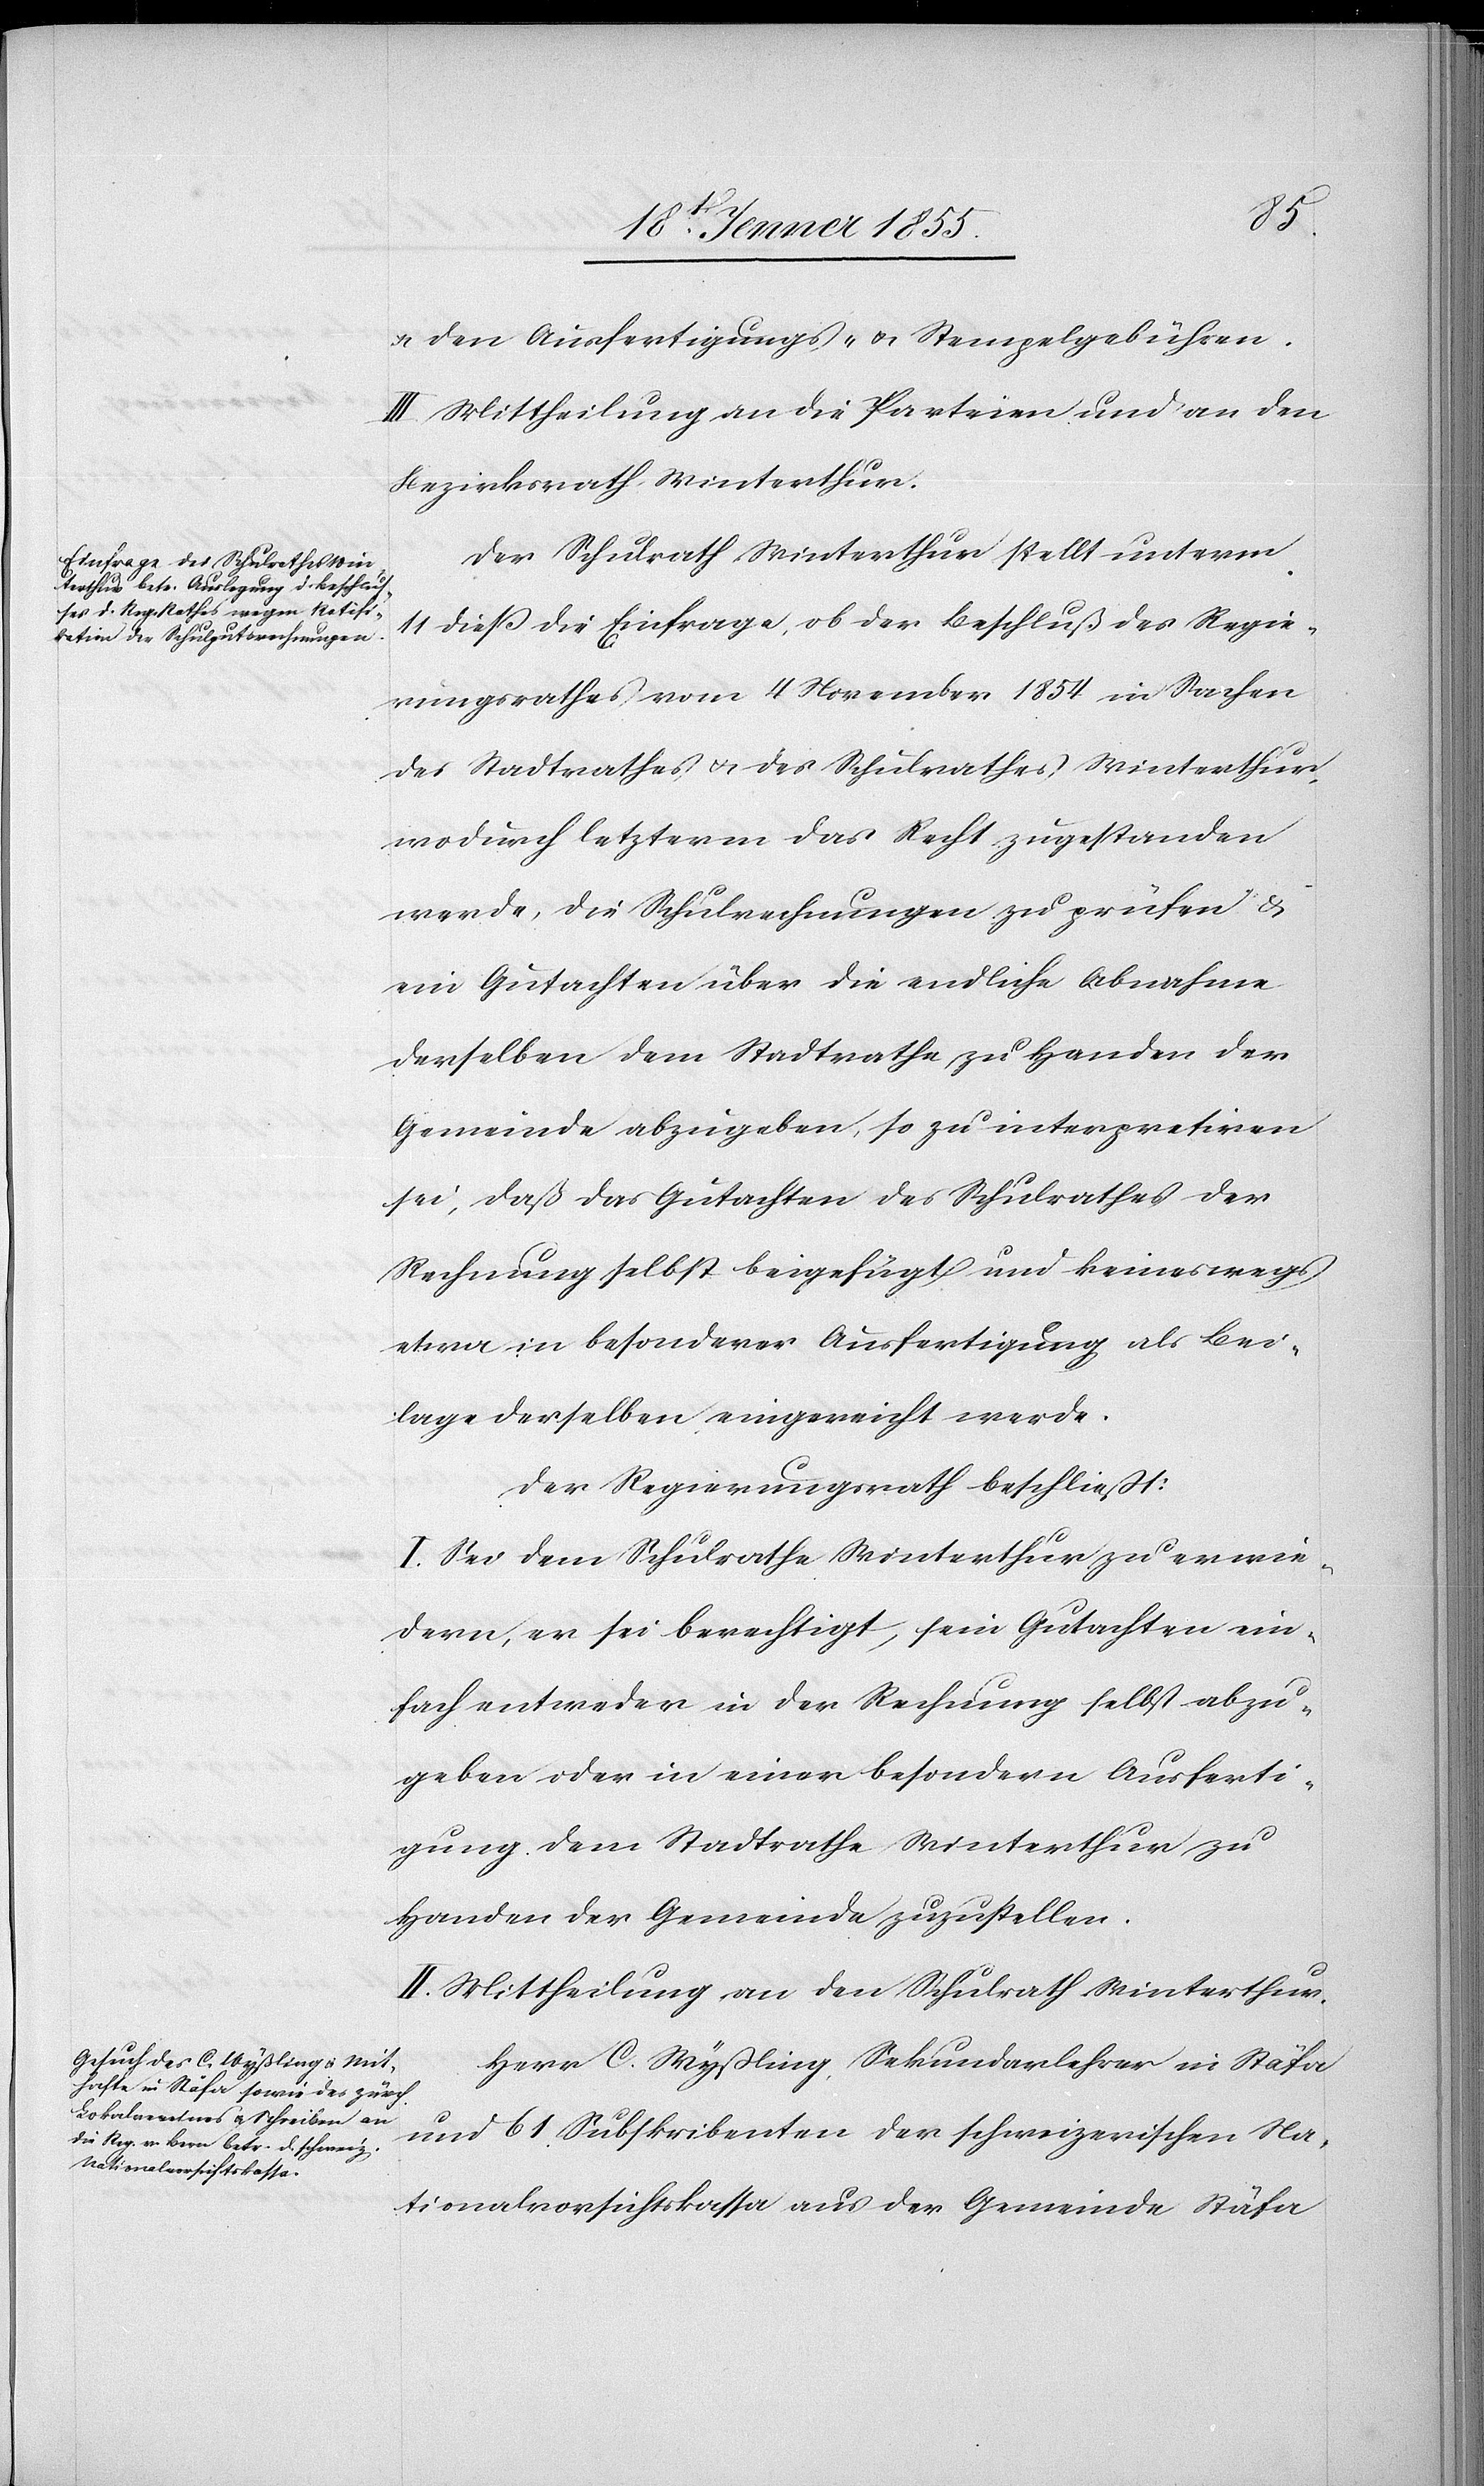
& den Ausfertigungs- & Stempelgebühren.
III. Mittheilung an die Parteien und an den
Bezirksrath Winterthur.
Der Schulrath Winterthur stellt unterm
11 dieß die Einfrage, ob der Beschluß des Regie¬
rungsrathes vom 4 November 1854 in Sachen
des Stadtrathes & des Schulrathes Winterthur,
wodurch letzterm das Recht zugestanden
werde, die Schulrechnungen zu prüfen &
ein Gutachten über die endliche Abnahme
derselben dem Stadtrathe zu Handen der
Gemeinde abzugeben, so zu interpretiren
sei, daß das Gutachten des Schulrathes der
Rechnung selbst beigefügt und keineswegs
etwa in besonderer Ausfertigung als Bei¬
lage derselben eingereicht werde.
Der Regierungsrath beschliesst:
I. Sei dem Schulrathe Winterthur zu erwie¬
dern, er sei berechtigt, sein Gutachten ein¬
fach entweder in der Rechnung selbst abzu¬
geben oder in einer besondern Ausferti¬
gung dem Stadtrathe Winterthur zu
Handen der Gemeinde zuzustellen.
II. Mittheilung an den Schulrath Winterthur.
Herr C. Wyßling, Sekundarlehrer in Stäfa
und 61 Subskribenten der schweizerischen Na¬
tionalvorsichtskassa aus der Gemeinde Stäfa